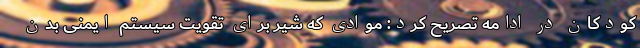
کودکان در ادامه تصریح کرد: موادی که شیر برای تقویت سیستم ایمنی بدن